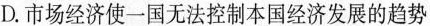
D.市场经济使一国无法控制本国经济发展的趋势